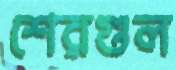
শেরগুল